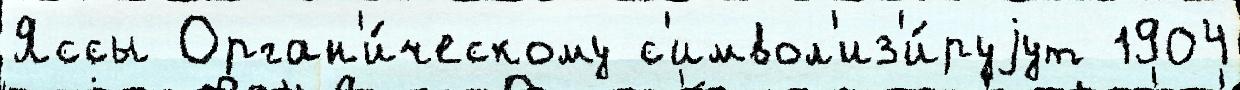
Яссы Орган'и́ческому с'имвол'из'и́руjут 1904